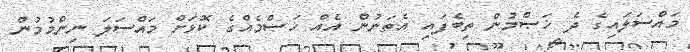
މައްސަލައިގެ ދެ ޚަޞްމުން ތިބެފައި އެތަނުން އެއް ޚަޞްމެއްގެ ކޮޅަށް މައްސަލަ ނިންމުމުން